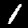
Digit: 1